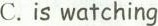
C.is watching